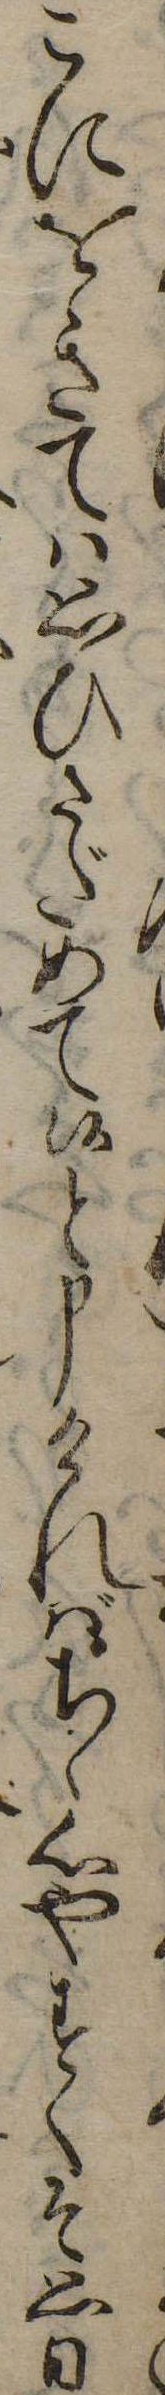
こにをきては思ひさだめて候と申ければちゝ心やすくそ思ひ